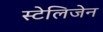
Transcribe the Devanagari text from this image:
स्टेलिजेन